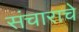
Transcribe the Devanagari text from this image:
संचाराचे